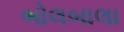
બોલબાલા